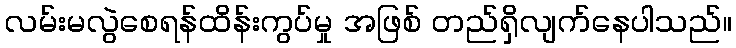
လမ်းမလွဲစေရန်ထိန်းကွပ်မှု အဖြစ် တည်ရှိလျက်နေပါသည်။